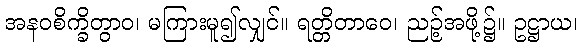
အနဝစိက္ခိတွာဝ၊ မကြားမူ၍လျှင်။ ရတ္တိတာဝေ၊ ညဉ့်အဖို့၌။ ဥဋ္ဌာယ၊